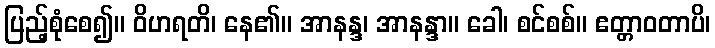
ပြည့်စုံစေ၍။ ဝိဟရတိ၊ နေ၏။ အာနန္ဒ၊ အာနန္ဒာ။ ခေါ၊ စင်စစ်။ ဧတ္တာဝတာပိ၊